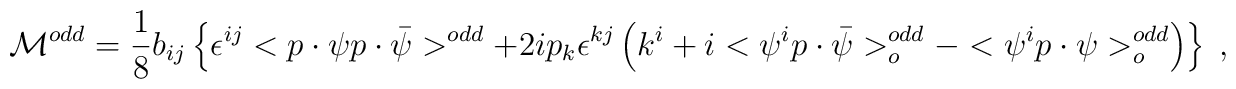
{\cal M}^{odd} = \frac 18 b_{ij} \left\{ \epsilon^{ij} <p \cdot \psi p \cdot \bar \psi>^{odd} + 2 i p_k \epsilon^{kj} \left (k^i + i <\psi^i p \cdot \bar \psi>^{odd}_o- <\psi^i p \cdot \psi >^{odd}_o \right) \right\} \;,